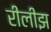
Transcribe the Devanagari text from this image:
रीलीझ